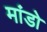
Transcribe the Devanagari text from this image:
मांडो